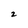
Character: 2